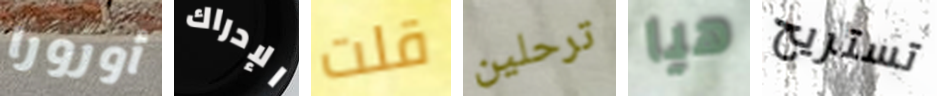
أورورا الإدراك قلت ترحلين هيا تستريح